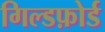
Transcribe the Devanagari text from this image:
गिल्डफ़ोर्ड